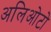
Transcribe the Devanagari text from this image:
अलिओटो